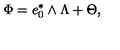
\Phi = e _ { 0 } ^ { * } \wedge \Lambda + \Theta ,